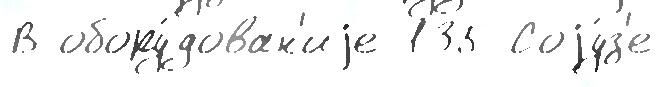
В обору́дован'иjе 135 Соjу́з'е